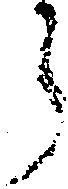
ら